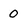
Character: 0